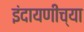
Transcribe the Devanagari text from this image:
इंदायणीच्या